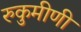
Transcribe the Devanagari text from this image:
रुकुमीणी